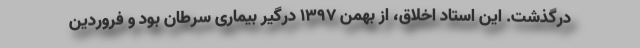
درگذشت. این استاد اخلاق، از بهمن 1397 درگیر بیماری سرطان بود و فروردین